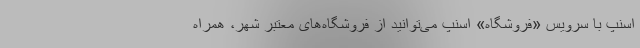
اسنپ با سرویس «فروشگاه» اسنپ می‌توانید از فروشگاه‌های معتبر شهر، همراه